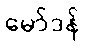
မော်ဒန်